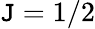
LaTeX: \mathtt{J}=1/2